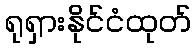
ရုရှားနိုင်ငံထုတ်